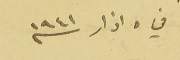
في ٥ اذار سنه ١٩٤١